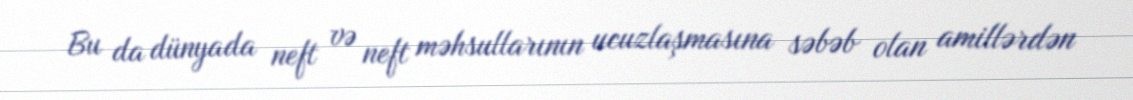
Bu da dünyada neft və neft məhsullarının ucuzlaşmasına səbəb olan amillərdən